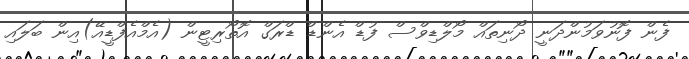
ފެން ފޮނުވަމުންދަނީ ދޯނިތައް މޯލްޑިވްސް ފުޑް އެންޑް ޑްރަގް އޮތޯރިޓީން (އެމްއެފްޑީއޭ)އިން ބަލައި